Leaving Certificate Examination (including Day School Certificate (Higher) General paper), 1926
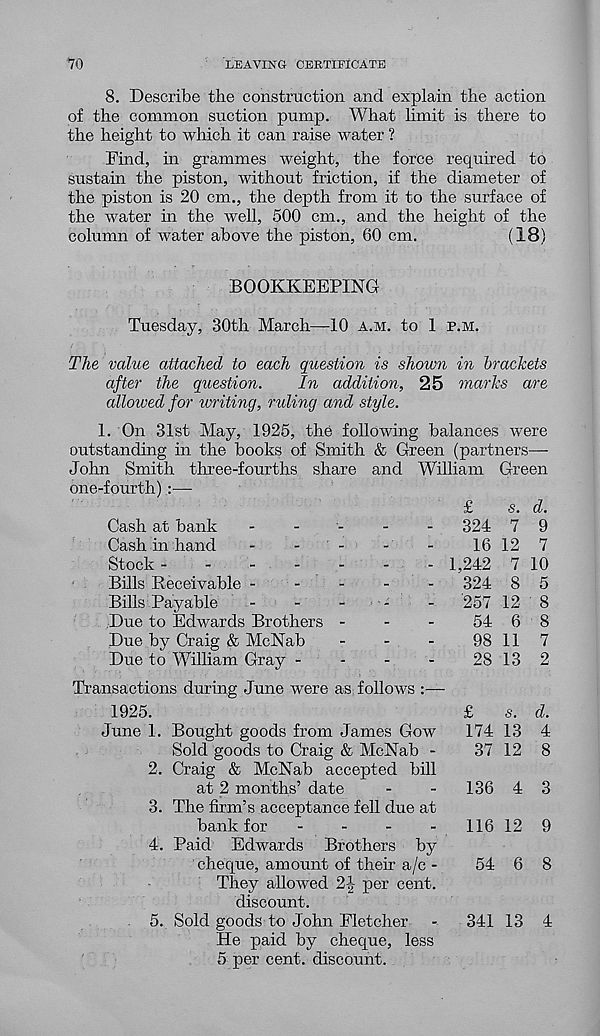
70
LEAVING CERTIFICATE
8. Describe the construction and explain the action
of the common suction pump. What limit is there to
the height to which it can raise water ?
Find, hi grammes weight, the force required to
sustain the piston, without friction, if the diameter of
the piston is 20 cm., the depth from it to the surface of
the water in the well, 500 cm., and the height of the
column of water above the piston, 60 cm.
(18)
BOOKKEEPING
Tuesday, 30th March—10 a.m. to 1 p.m.
The value attached to each question is shown in brackets
after the question.
In addition, 25 marks are
alloived for writing, ruling and style.
1. On 31st May, 1925, the following balances were
outstanding in the books of Smith & Green (partners—■
John Smith three-fourths share and William Green
one-fourth) :—
Cash at bank
Cash in hand
Stock -
-
-
-
Bills Receivable -
Bills Payable
Due to Edwards Brothers
Due by Craig & McNab
Due to William Gray -
£
s. d.
324 7 9
16 12 7
1,242 7 10
324 8 5
'257 12 8
54 6 8
98 11 7
28 13 2
Transactions during June were as follows :—
1925.
June 1. Bought goods from James Gow
Sold goods to Craig & McNab -
2. Craig & McNab accepted bill
at 2 months’ date
3. The firm’s acceptance fell due at
bank for
-
-
-
-
4. Paid Edwards Brothers by
cheque, amount of then’ a/c -
They allowed 2J per cent,
discount.
5. Sold goods to John Fletcher
He paid by cheque, less
5 per cent, discount.
£
s. d.
174 13 4
37 12 8
136 4 3
116 12 9
54 6 8
341 13 4